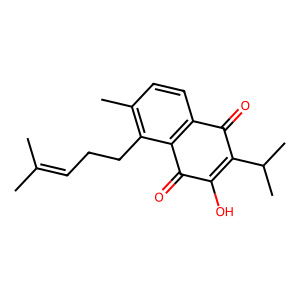
SMILES: CC(C)=CCCc1c(C)ccc2c1C(=O)C(O)=C(C(C)C)C2=O
Inhibits HIV replication: No